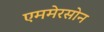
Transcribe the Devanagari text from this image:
एममेरसोन